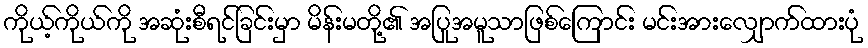
ကိုယ့်ကိုယ်ကို အဆုံးစီရင်ခြင်းမှာ မိန်းမတို့၏ အပြုအမူသာဖြစ်ကြောင်း မင်းအားလျှောက်ထားပုံ